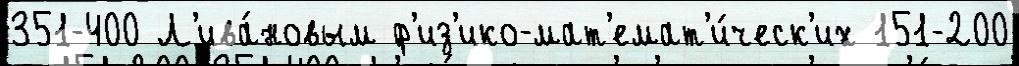
351-400 Л'ива́новым ф'из'ико-мат'емат'и́ческ'их 151-200